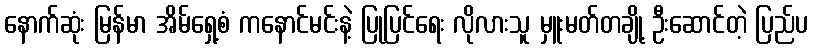
နောက်ဆုံး မြန်မာ အိမ်ရှေ့စံ ကနောင်မင်းနဲ့ ပြုပြင်ရေး လိုလားသူ မှူးမတ်တချို့ ဦးဆောင်တဲ့ ပြည်ပ